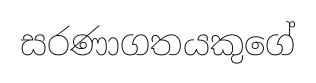
සරණාගතයකුගේ